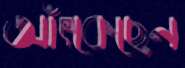
আঁৎকেছেন